Bombay plague: being a history of the progress of plague in the Bombay presidency from September 1896 to June 1899
Year: 1896
Disease focus: Plague
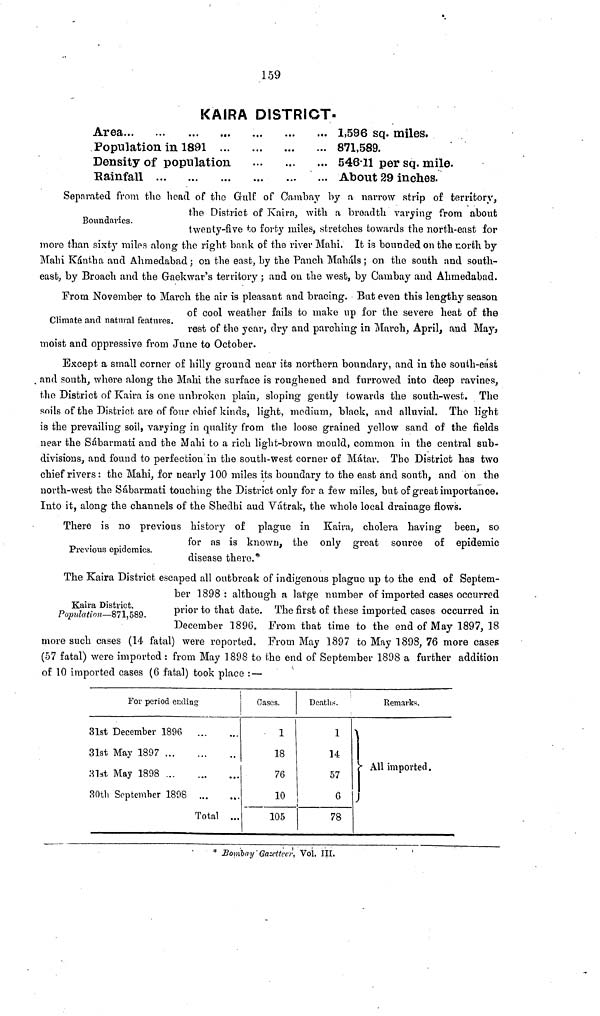
159
KAIRA DISTRICT.
Area...
Population in 1891
Density of population
Rainfall
... ... ...
1,596 sq. miles.
871,589.
546-11 per sq. mile.
About 29 inches.
Boundaries.
Separated from the head of the Gulf of Cambay by a narrow strip of territory,
the District of Kaira, with a breadth varying from about
twenty-five to forty miles, stretches towards the north-east for
more than sixty miles along the right bank of the river Mahi. It is bounded on the north by
Main Kántha and Ahmedabad; on the east, by the Panch Maháls ; on the south and south-
east, by Broach and the Gaekwar's territory ; and on the west, by Cambay and Ahmedabad.
Climate and natural features.
From November to March the air is pleasant and bracing. But even this lengthy season
of cool weather fails to make up for the severe heat of the
rest of the year, dry and parching in March, April, and May,
moist and oppressive from June to October.
Except a small corner of hilly ground near its northern boundary, and in the south-east
and south, where along the Mahi the surface is roughened and furrowed into deep ravines,
the District of Kaira is one unbroken plain, sloping gently towards the south-west. The
soils of the District are of four chief kinds, light, medium, black, and alluvial. The light
is the prevailing soil, varying in quality from the loose grained yellow sand of the fields
near the Sábarmati and the Mahi to a rich light-brown mould, common in the central sub-
divisions, and found to perfection in the south-west corner of Matar. The District has two
chief rivers : the Mahi, for nearly 100 miles its boundary to the east and south, and on the
north-west the Sabarmati touching the District only for a few miles, but of great importance.
Into it, along the channels of the Shedhi and Vátrak, the whole local drainage flows.
Previous epidemics.
There is no previous history of plague in Kaira, cholera having been, so
for as is known, the only great source of epidemic
disease there.
Kaira District.
Population—871,589.
The Kaira District escaped all outbreak of indigenous plague up to the end of Septem-
ber 1898 : although a large number of imported cases occurred
prior to that date. The first of these imported cases occurred in
December 1896. From that time to the end of May 1897, 18
more such cases (14 fatal) were reported. From May 1897 to May 1898, 76 more cases
(57 fatal) were imported : from May 1898 to the end of September 1898 a further addition
of 10 imported cases (6 fatal) took place :—
For period ending
31st December 1896
31st May 1897
31st May 1898
...
...
30th September 1898
...
...
...
...
Total
...
...
...
...
Cases.
1
18
76
10
105
Deaths.
1
14
57
6
78
Remarks.
All imported.
* Bombay Gazetteer, Vol. III.